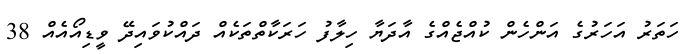
ހަތަރު އަހަރުގެ އަންހެން ކުއްޖެއްގެ އާދަޔާ ހިލާފު ހަރަކާތްތަކެއް ދައްކުވައިދޭ ވީޑިއޯއެއް 38